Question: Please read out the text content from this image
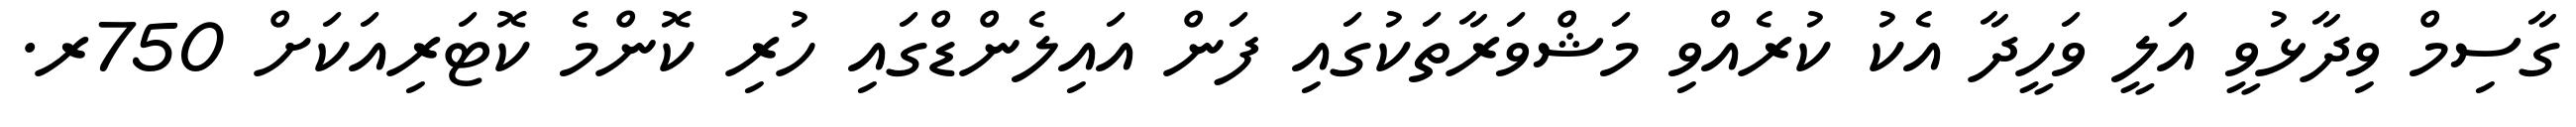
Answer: ގާސިމް ވިދާޅުވީ އަލީ ވަހީދާ އެކު ކުރެއްވި މަޝްވަރާތަކުގައި ފަން އައިލެންޑްގައި ހުރި ކޮންމެ ކޮޓަރިއަކަށް 750ރ.